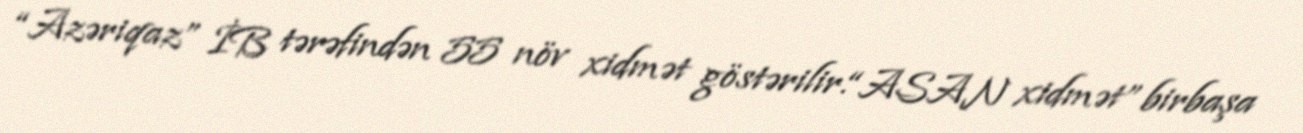
“Azəriqaz” İB tərəfindən 55 növ xidmət göstərilir.“ASAN xidmət” birbaşa